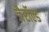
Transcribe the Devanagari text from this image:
जैरॉल्ड